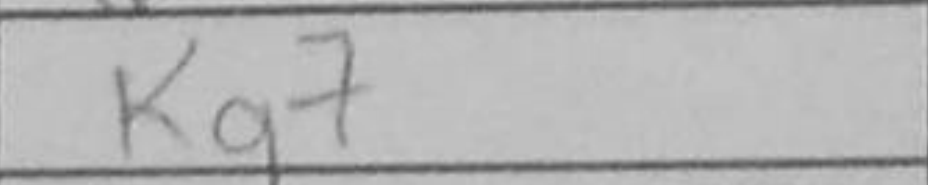
Transcription: Kg7